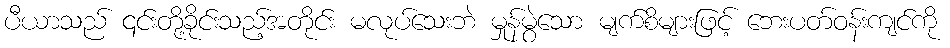
ပီယာသည် ၎င်းတို့ခိုင်းသည့်အတိုင်း မလုပ်သေးဘဲ မှုန်မွဲသော မျက်စိများဖြင့် ဘေးပတ်ဝန်းကျင်ကို